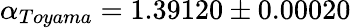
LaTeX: \alpha_{{Toyama}}=1.39120\pm 0.00020